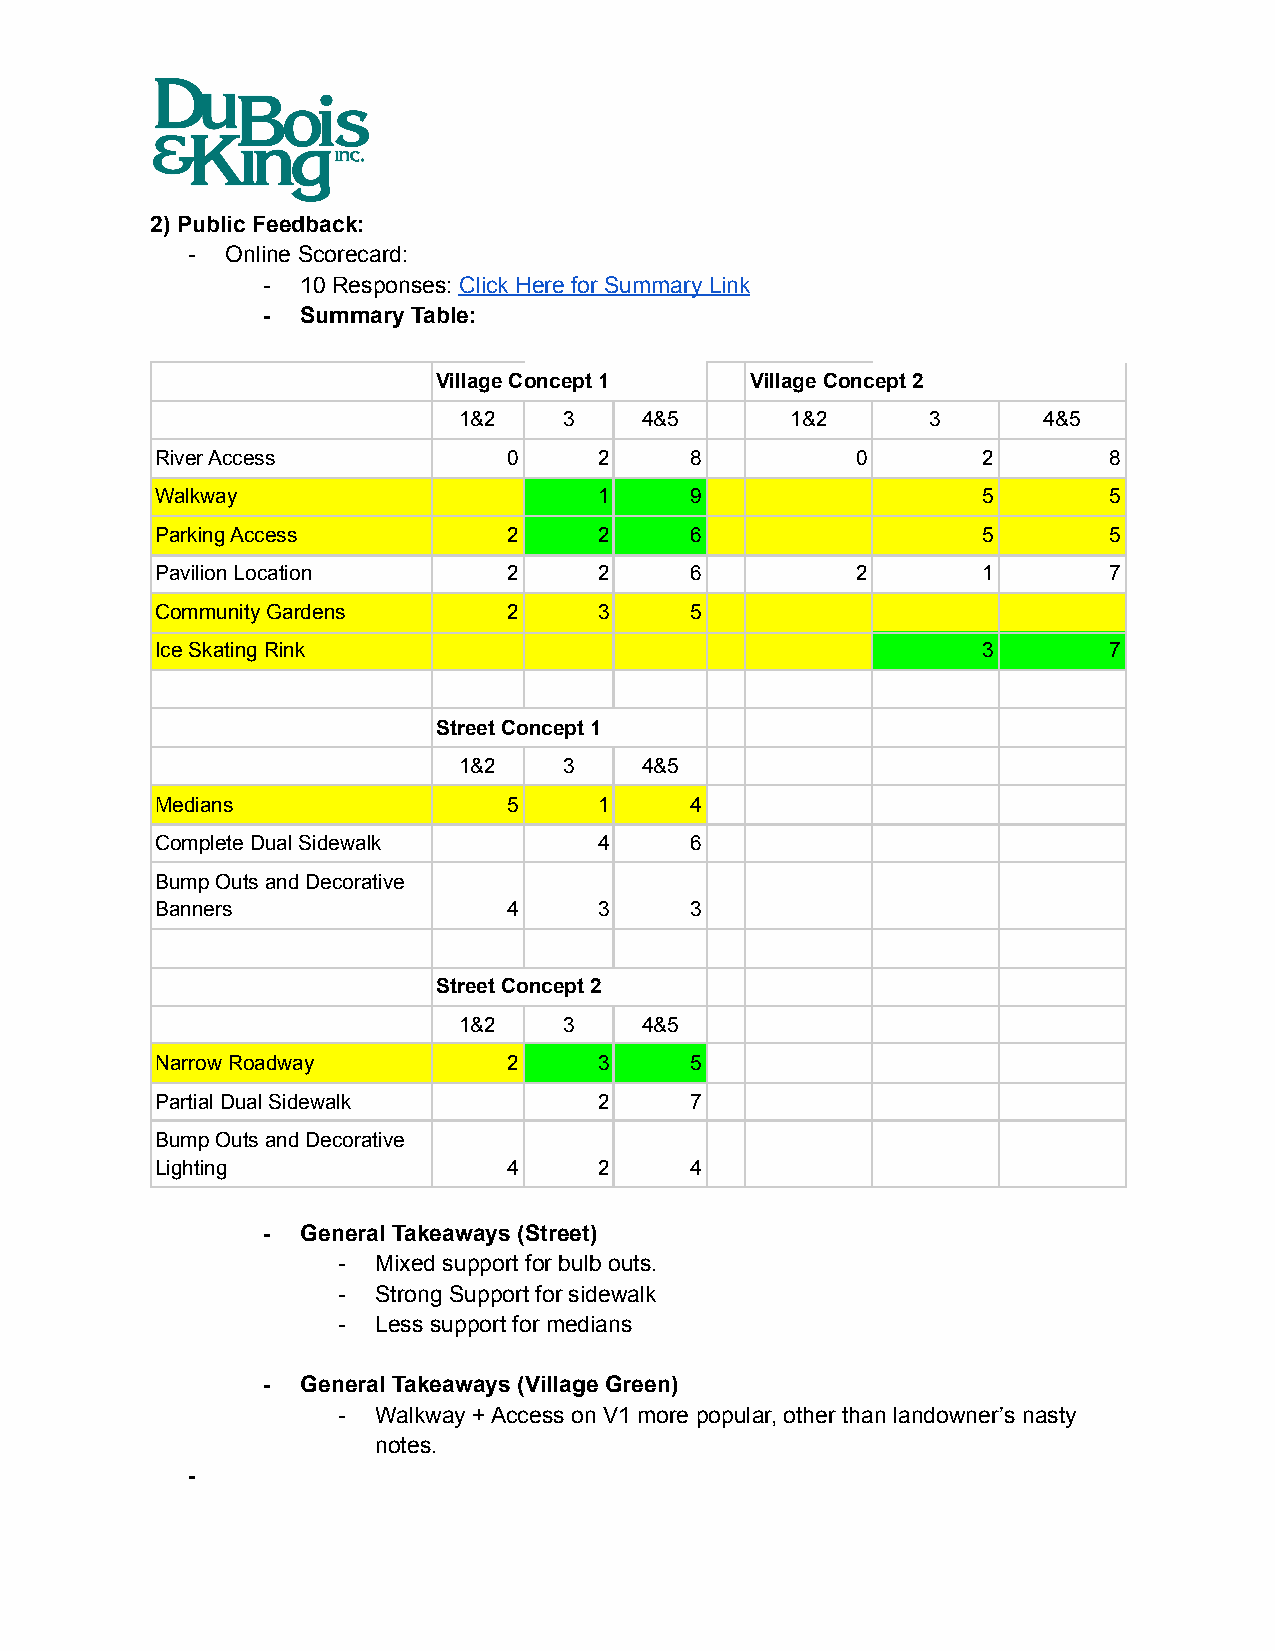
2) Public Feedback:
 -  Online Scorecard:
 -  10 Responses: Click Here for Summary Link
 -  Summary Table:
 Village Concept 1    Village Concept 2
 1&2    3    4&5       1&2       3      4&5
 River Access            0     2     8          0       2       8
 Walkway                       1     9                  5       5
 Parking Access          2     2     6                  5       5
 Pavilion Location       2     2     6          2       1       7
 Community Gardens       2     3     5
 Ice Skating Rink                                       3       7
 Street Concept 1
 1&2    3    4&5
 Medians                 5     1     4
 Complete Dual Sidewalk        4     6
 Bump Outs and Decorative
 Banners                 4     3     3
 Street Concept 2
 1&2    3    4&5
 Narrow Roadway          2     3     5
 Partial Dual Sidewalk         2     7
 Bump Outs and Decorative
 Lighting                4     2     4
 -  General Takeaways (Street)
 -  Mixed support for bulb outs.
 -  Strong Support for sidewalk
 -  Less support for medians
 -  General Takeaways (Village Green)
 -  Walkway + Access on V1 more popular, other than landowner’s nasty
 notes.
 -